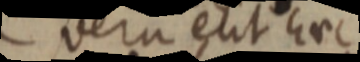
vera erit hoc